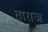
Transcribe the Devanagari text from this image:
ताराज